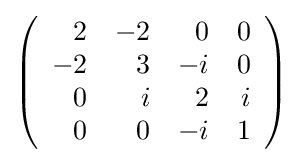
{\textstyle \left({\begin{array}{rrrr}2&-2&0&0\\-2&3&-i&0\\0&i&2&i\\0&0&-i&1\\\end{array}}\right)}